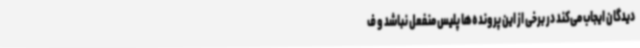
دیدگان ایجاب می‌کند در برخی از این پرونده‌ها پلیس منفعل نباشد و ف